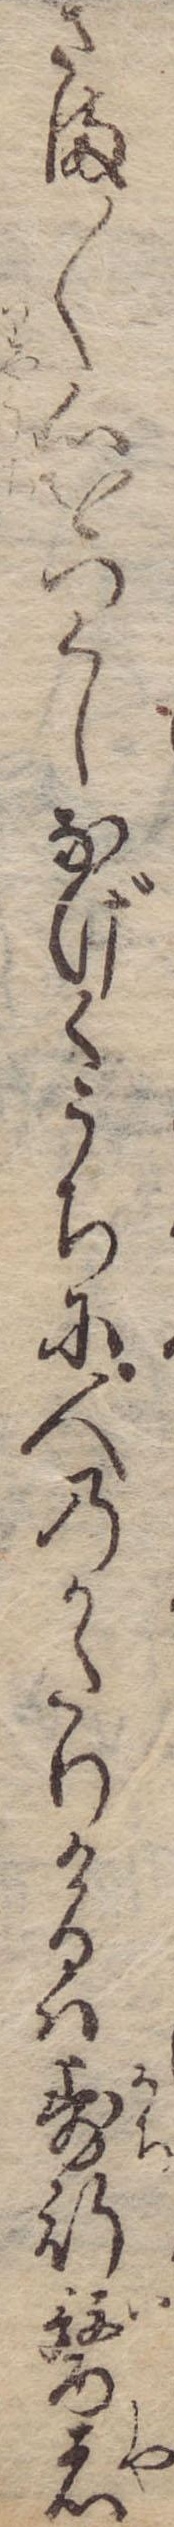
さま〱心をつくしなげくうちに人のかたりけるは歩行医者